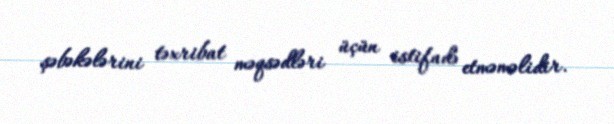
şəbəkələrini təxribat məqsədləri üçün istifadə etməməlidir.